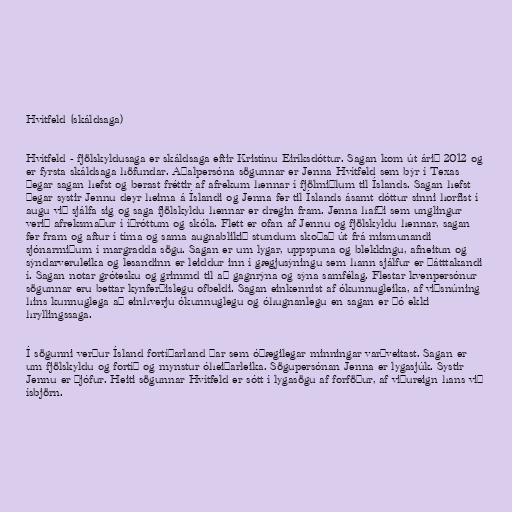
Hvítfeld (skáldsaga)

Hvítfeld - fjölskyldusaga er skáldsaga eftir Kristínu Eiríksdóttur. Sagan kom út árið 2012 og
er fyrsta skáldsaga höfundar. Aðalpersóna sögunnar er Jenna Hvítfeld sem býr í Texas
þegar sagan hefst og berast fréttir af afrekum hennar í fjölmiðlum til Íslands. Sagan hefst
þegar systir Jennu deyr heima á Íslandi og Jenna fer til Íslands ásamt dóttur sinni horfist í
augu við sjálfa sig og saga fjölskyldu hennar er dregin fram. Jenna hafði sem unglingur
verið afreksmaður í íþróttum og skóla. Flett er ofan af Jennu og fjölskyldu hennar, sagan
fer fram og aftur í tíma og sama augnablikið stundum skoðað út frá mismunandi
sjónarmiðum í margradda sögu. Sagan er um lygar, uppspuna og blekkingu, afneitun og
sýndarveruleika og lesandinn er leiddur inn í gægjusýningu sem hann sjálfur er þátttakandi
í. Sagan notar grótesku og grimmd til að gagnrýna og sýna samfélag. Flestar kvenpersónur
sögunnar eru bettar kynferðislegu ofbeldi. Sagan einkennist af ókunnugleika, af viðsnúning
hins kunnuglega að einhverju ókunnuglegu og óhugnanlegu en sagan er þó ekki
hryllingssaga.

Í sögunni verður Ísland fortíðarland þar sem óþægilegar minningar varðveitast. Sagan er
um fjölskyldu og fortíð og mynstur óheiðarleika. Sögupersónan Jenna er lygasjúk. Systir
Jennu er þjófur. Heiti sögunnar Hvítfeld er sótt í lygasögu af forföður, af viðureign hans við
ísbjörn.